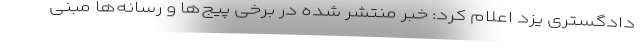
دادگستری یزد اعلام کرد: خبر منتشر شده در برخی پیج‌ها و رسانه‌ها مبنی